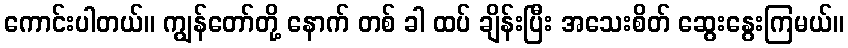
ကောင်းပါတယ်။ ကျွန်တော်တို့ နောက် တစ် ခါ ထပ် ချိန်းပြီး အသေးစိတ် ဆွေးနွေးကြမယ်။